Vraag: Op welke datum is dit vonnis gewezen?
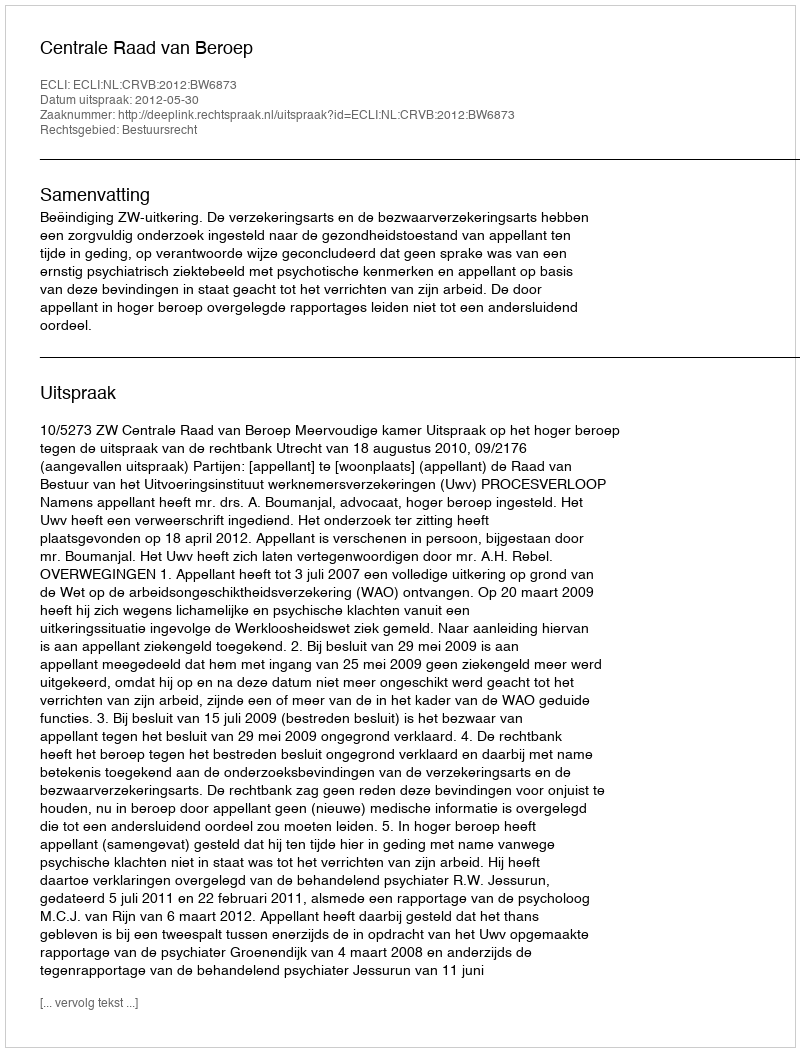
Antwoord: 2012-05-30